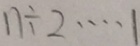
n \div 2 \cdots 1